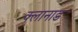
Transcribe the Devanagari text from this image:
क्लानाड